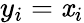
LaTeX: y_{i}=\mathit{x}_{i}